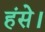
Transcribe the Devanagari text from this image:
हंसे।